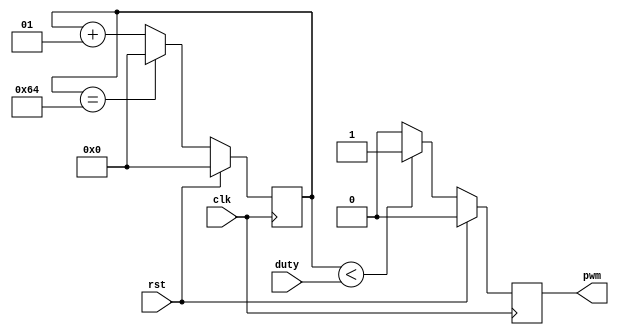
/*
  Author : Rakotojaona Nambinina
  email : Andrianoelisoa.Rakotojaona@gmail.com
  Description: Program generate PWM signal
*/
/*
  Author : Rakotojaona Nambinina
  email : Andrianoelisoa.Rakotojaona@gmail.com
  Description: Program generate PWM signal
*/

`timescale 1ns / 1ps

module PWM
          (
           clk,
           rst,
           duty,
           pwm
           );         
   input clk;
   input rst;
   input [31:0] duty;
   output reg pwm;
  
   integer counter;
  
  always @ (posedge clk)
    begin
      counter <= counter +1 ;
      if (rst)
        begin
          pwm <=0;
          counter <=0;
        end 
      else
        begin
          if (counter < duty)
            begin
              pwm <= 1;
            end 
          else
            begin
              pwm <=0;
            end 
          if (counter == 32'd100) 
            begin
              counter <=0;
            end 
        end 
    end 
         
endmodule